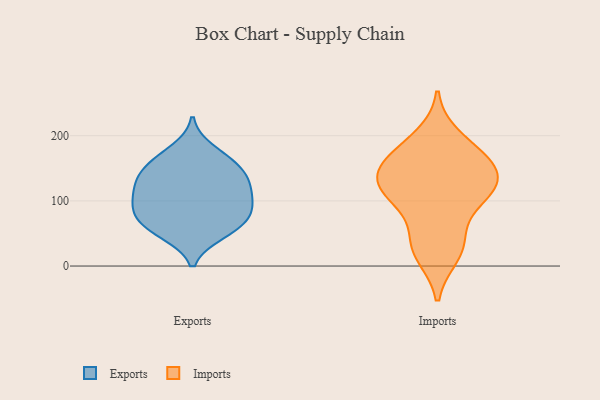
{"axis": {"x": "Inventory Turnover", "y": "Value"}, "legend": ["Exports", "Imports"], "data": [{"x": "", "y": 179, "type": "Exports"}, {"x": "", "y": 68, "type": "Exports"}, {"x": "", "y": 148, "type": "Exports"}, {"x": "", "y": 82, "type": "Exports"}, {"x": "", "y": 88, "type": "Exports"}, {"x": "", "y": 51, "type": "Exports"}, {"x": "", "y": 132, "type": "Exports"}, {"x": "", "y": 92, "type": "Exports"}, {"x": "", "y": 117, "type": "Exports"}, {"x": "", "y": 99, "type": "Exports"}, {"x": "", "y": 157, "type": "Exports"}, {"x": "", "y": 120, "type": "Exports"}, {"x": "", "y": 129, "type": "Exports"}, {"x": "", "y": 65, "type": "Exports"}, {"x": "", "y": 160, "type": "Exports"}, {"x": "", "y": 49, "type": "Exports"}, {"x": "", "y": 165, "type": "Imports"}, {"x": "", "y": 167, "type": "Imports"}, {"x": "", "y": 32, "type": "Imports"}, {"x": "", "y": 102, "type": "Imports"}, {"x": "", "y": 38, "type": "Imports"}, {"x": "", "y": 127, "type": "Imports"}, {"x": "", "y": 18, "type": "Imports"}, {"x": "", "y": 197, "type": "Imports"}, {"x": "", "y": 142, "type": "Imports"}, {"x": "", "y": 117, "type": "Imports"}, {"x": "", "y": 104, "type": "Imports"}, {"x": "", "y": 126, "type": "Imports"}, {"x": "", "y": 160, "type": "Imports"}]}